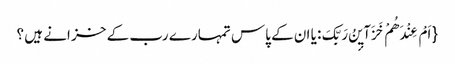
{ اَمْ عِنْدَهُمْ خَزَآیٕنُ رَبِّکَ: یا ان کے پاس تمہارے رب کے خز انے ہیں ؟